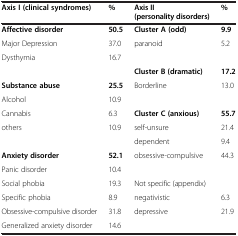
<table><thead><tr><td><b>Axis I (clinical syndromes)</b></td><td><b>%</b></td><td><b>Axis II (personality disorders)</b></td><td><b>%</b></td></tr></thead><tbody><tr><td><b>Affective disorder</b></td><td><b>50.5</b></td><td><b>Cluster A (odd)</b></td><td><b>9.9</b></td></tr><tr><td>Major Depression</td><td>37.0</td><td>paranoid</td><td>5.2</td></tr><tr><td>Dysthymia</td><td>16.7</td><td> </td><td> </td></tr><tr><td> </td><td> </td><td><b>Cluster B (dramatic)</b></td><td><b>17.2</b></td></tr><tr><td><b>Substance abuse</b></td><td><b>25.5</b></td><td>Borderline</td><td>13.0</td></tr><tr><td>Alcohol</td><td>10.9</td><td> </td><td> </td></tr><tr><td>Cannabis</td><td>6.3</td><td><b>Cluster C (anxious)</b></td><td><b>55.7</b></td></tr><tr><td>others</td><td>10.9</td><td>self-unsure</td><td>21.4</td></tr><tr><td> </td><td> </td><td>dependent</td><td>9.4</td></tr><tr><td><b>Anxiety disorder</b></td><td><b>52.1</b></td><td>obsessive-compulsive</td><td>44.3</td></tr><tr><td>Panic disorder</td><td>10.4</td><td> </td><td> </td></tr><tr><td>Social phobia</td><td>19.3</td><td>Not specific (appendix)</td><td> </td></tr><tr><td>Specific phobia</td><td>8.9</td><td>negativistic</td><td>6.3</td></tr><tr><td>Obsessive-compulsive disorder</td><td>31.8</td><td>depressive</td><td>21.9</td></tr><tr><td>Generalized anxiety disorder</td><td>14.6</td><td> </td><td> </td></tr></tbody></table>